Burma Government Medical School reports 1923-41
Year: 1923
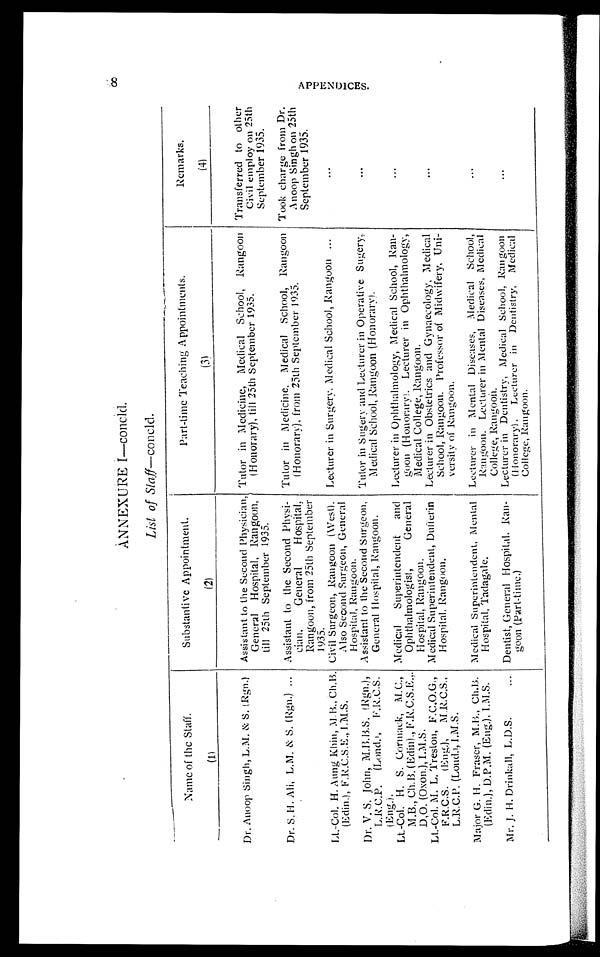
8
ANNEXURE I—concld.
List of Staff—concld.
Name of the Staff.
( 1 )
Substantive Appointment.
(2)
Part-time Teaching Appointments.
(3)
Remarks.
(4)
Dr. Anoop Singh, L.M. & S. (Rgn.) Assistant to the Second Physician,
General Hospital, Rangoon,
till 25th September 1935.
Tutor in Medicine, Medical School, Rangoon
(Honorary), till 25th September 1935.
Transferred to other
Civil employ on 25th
September 1935.
Dr. S.H. Ali, L.M. & S. (Rgn.) ... Assistant to the Second Physi-
cian. General Hospital,
Rangoon, from 25th September
1935.
Tutor in Medicine, Medical School, Rangoon
(Honorary), from 25th September 1935.
Took charge from Dr.
Anoop Singh on 25th
September 1935.
Lt.-Col. H. Aung Khin, M.B., Ch.B.
(Edin.), F.R.C.S.E., I.M.S.
Civil Surgeon, Rangoon (West),
Also Second Surgeon, General
Hospital, Rangoon.
Lecturer in Surgery, Medical School, Rangoon . . .
...
Dr. V. S. John, M.B.B.S. (Rgn.),
L.R.C.P. (Lond), F.R.C.S.
(Eng.).
Assistant to the Second Surgeon,
General Hospital, Rangoon.
Tutor in Sugery and Lecturer in Operative Sugery,
Medical School, Rangoon (Honorary).
...
Lt.-Col. H. S. Cormack, M.C.,
M.B., Ch.B. (Edin)., F.R,C,S.E.,.
D,O. (Oxon.), I.M.S.
Medical Superintendent and
Ophthalmologist,
General
Hospital, Rangoon.
Lecturer in Ophthalmology, Medical School, Ran-
goon (Honorary). Lecturer in Ophthalmology,
Medical College, Rangoon.
...
Lt.-Col. M. L. Treston, F.C.O.G.,
F.R.C.S. (Eng), M.R.C.S.,
L.R.C.P. (Lond.),I.M.S.
Medical Superintendent, Dufferin
Hospital, Rangoon.
Lecturer in Obstetrics and Gynaecology, Medical
School, Rangoon. Professor of Midwifery, Uni-
versity of Rangoon.
...
Major G. H. Fraser, M.B., Ch.B.
(Edin.), D.P.M. (Eng.), I.M.S.
Medical Superintendent, Mental
Hospital, Tadagale.
Lecturer in Mental Diseases, Medical School,
Rangoon. Lecturer in Mental Diseases, Medical
College, Rangoon.
...
Mr. J. H. Drinkall, L.D.S.
... Dentist, General Hospital. Ran-
goon (Part-time.)
Lecturer in Dentistry, Medical School, Rangoon
(Honorary). Lecturer in Dentistry, Medical
College, Rangoon.
...
A P P E N D I C E S .